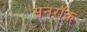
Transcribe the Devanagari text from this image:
सनरॉक